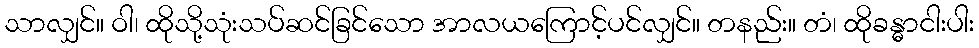
သာလျှင်။ ဝါ၊ ထိုသို့သုံးသပ်ဆင်ခြင်သော အာလယကြောင့်ပင်လျှင်။ တနည်း။ တံ၊ ထိုခန္ဓာငါးပါး